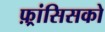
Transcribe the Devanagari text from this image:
फ़्रांसिसको